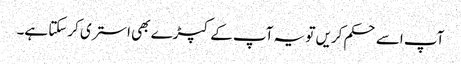
آپ اسے حکم کریں تو یہ آپ کے کپڑے بھی استری کرسکتا ہے۔